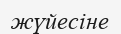
жүйесіне